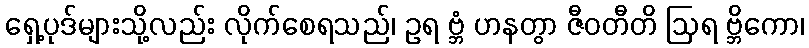
ရှေ့ပုဒ်များသို့လည်း လိုက်စေရသည်၊ ဥရ ဗ္ဘံ ဟနတွာ ဇီဝတီတိ ဩရ ဗ္ဘိကော၊